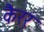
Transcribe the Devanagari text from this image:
कैरर